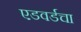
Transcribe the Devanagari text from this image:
एडवर्डचा